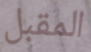
المقبل